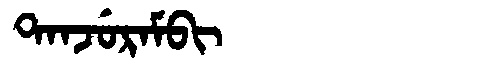
Manchu: ᡨᠠᠨᠵᡠᡵᠠᠮᠪᡳ
Romanization: TANJURAMBI